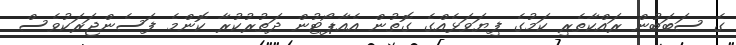
ގެ ސަބަބުން ރައްކާތެރި ކަމުގެ ފިޔަވަޅެއްގެ ގޮތުން އެއާޕޯޓުން ދަތުރުކުރާ ކޮންމެ ފަސެންޖަރަކުވެސް